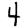
Digit: 4